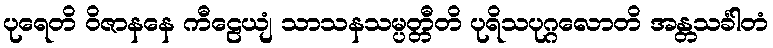
ပုရေတိ ဝိဇာနနေ ကီဠေယျံ သာသနသမ္ပတ္တီတိ ပုရိသပုဂ္ဂလောတိ အန္တသင်္ခါတံ